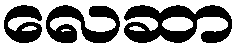
လေဆာ